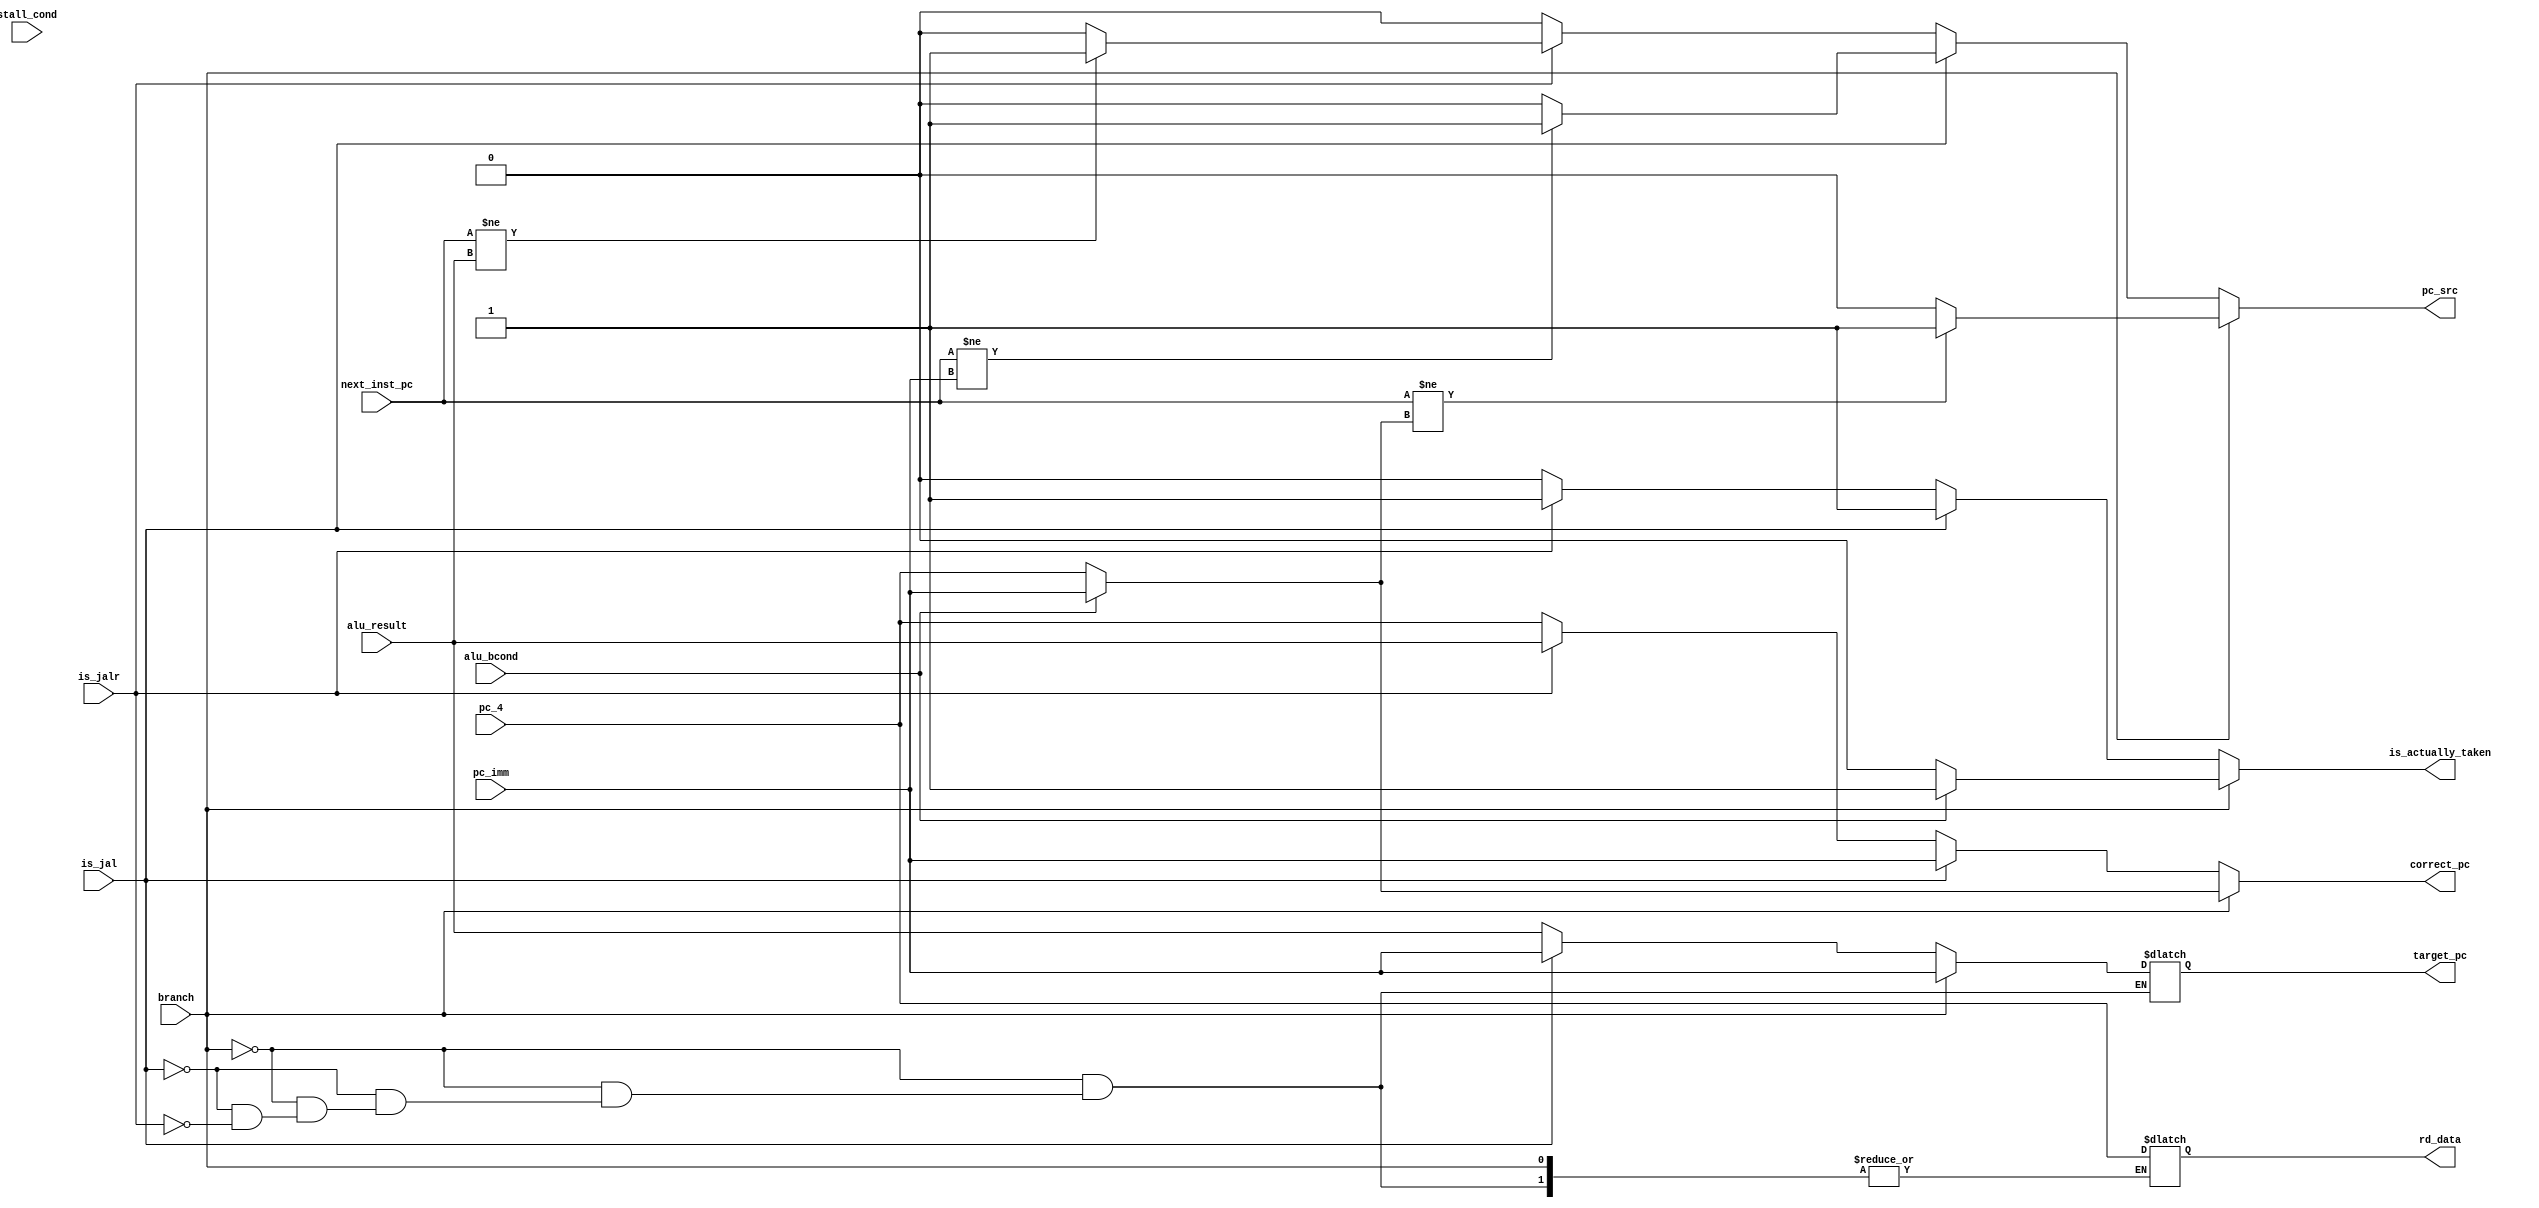
module BranchUnit(input is_jal, input is_jalr, input branch, input alu_bcond, input [31:0] pc_imm, input stall_cond, input [31:0] pc_4, input [31:0] alu_result, input [31:0] next_inst_pc,
    output reg pc_src, output reg is_actually_taken, output reg [31:0] target_pc, output reg [31:0] correct_pc, output reg [31:0] rd_data); // pc, pc+4, rd, pc+imm, rs1+imm
    reg [6:0] opcode;
    always @(*) begin
        if (branch) begin
            // target = pc+imm
            // if alu_bcond: next_pc<-target, else: next_pc<-pc+4
            target_pc = pc_imm;
            is_actually_taken = alu_bcond ? 1 : 0;
            correct_pc = alu_bcond ? pc_imm : pc_4;
            pc_src = (next_inst_pc != correct_pc) ? 1'b1 : 1'b0;
        end
        else if (is_jal) begin
            // pc <- pc+imm
            // GRP[rd] <- pc+4
            is_actually_taken = 1'b1;
            target_pc = pc_imm;
            correct_pc = pc_imm;
            rd_data = pc_4;
            pc_src = (next_inst_pc != correct_pc) ? 1'b1 : 1'b0;
        end
        else if (is_jalr) begin
            // pc <- GPR[rs1]+imm
            // GRP[rd] <- pc+4
            is_actually_taken = 1'b1;
            target_pc = alu_result;
            correct_pc = alu_result;
            rd_data = pc_4;
            pc_src = (next_inst_pc != correct_pc) ? 1'b1 : 1'b0;
        end
        else begin
            is_actually_taken = 1'b0;
            correct_pc = pc_4;
            pc_src = 1'b0;
        end
    end
endmodule